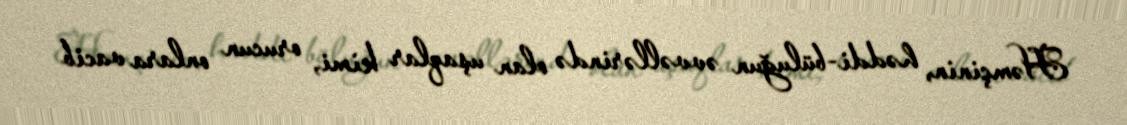
Həmçinin, həddi-büluğun əvvəllərində olan uşaqlar kimi, orucun onlara vacib